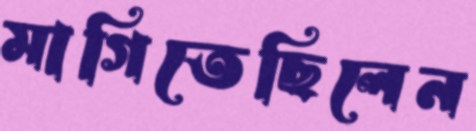
মাগিতেছিলেন